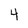
Character: 4